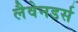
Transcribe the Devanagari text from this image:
लैवेनडर्स